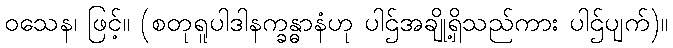
ဝသေန၊ ဖြင့်။ (စတုရူပါဒါနက္ခန္ဓာနံဟု ပါဌ်အချို့ရှိသည်ကား ပါဌ်ပျက်)။